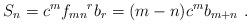
LaTeX: \begin{align*}S_{n} = c^{m} {f_{mn}}^{r} b_{r} = (m-n)c^{m} b_{m+n}~.\end{align*}